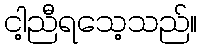
ငါ့ညီရသေ့သည်။